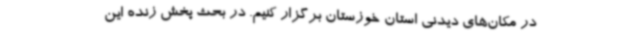
در مکان‌های دیدنی استان خوزستان برگزار کنیم. در بحث پخش زنده این